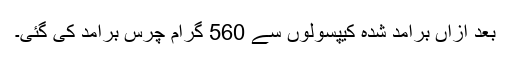
بعد ازاں برآمد شدہ کیپسولوں سے 560 گرام چرس برآمد کی گئی۔